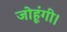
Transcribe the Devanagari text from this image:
जोहूंगी।